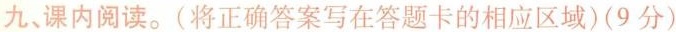
九、课内阅读。(将正确答案写在答题卡的相应区域)(9分)